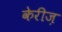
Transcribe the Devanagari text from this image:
केरीज़